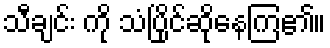
သီချင်း ကို သံပြိုင်ဆိုနေကြ၏။